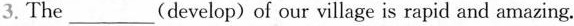
3.The _(develop)of our village is rapid and amazing.